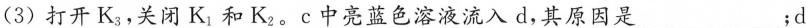
(3)打开K_{3}，关闭K_{1}和K_{2}。c中亮蓝色溶液流入d，其原因是___；d